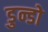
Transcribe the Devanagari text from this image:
डुन्डो